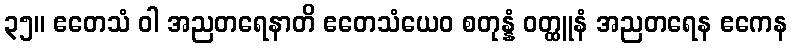
၃၅။ ဧတေသံ ဝါ အညတရေနာတိ ဧတေသံယေဝ စတုန္နံ ဝတ္ထူနံ အညတရေန ဧကေန